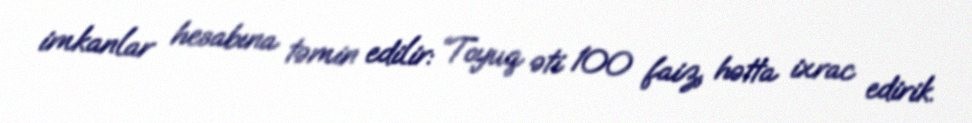
imkanlar hesabına təmin edilir: “Toyuq əti 100 faiz, hətta ixrac edirik.